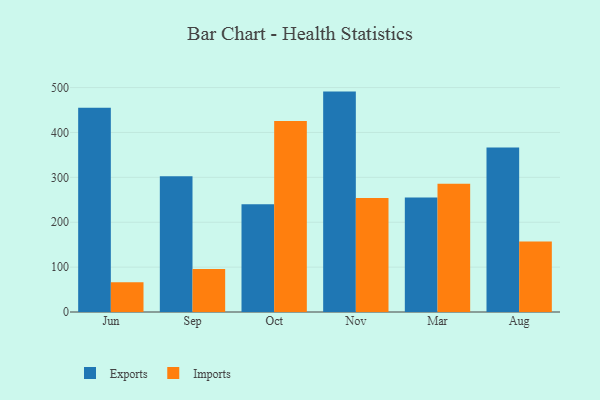
{"axis": {"x": "Month", "y": "Temperature (°C)"}, "legend": ["Exports", "Imports"], "data": [{"x": "Jun", "y": 455.0, "type": "Exports"}, {"x": "Jun", "y": 66.5, "type": "Imports"}, {"x": "Sep", "y": 302.2, "type": "Exports"}, {"x": "Sep", "y": 95.9, "type": "Imports"}, {"x": "Oct", "y": 240.1, "type": "Exports"}, {"x": "Oct", "y": 425.4, "type": "Imports"}, {"x": "Nov", "y": 491.0, "type": "Exports"}, {"x": "Nov", "y": 253.9, "type": "Imports"}, {"x": "Mar", "y": 255.3, "type": "Exports"}, {"x": "Mar", "y": 285.9, "type": "Imports"}, {"x": "Aug", "y": 366.5, "type": "Exports"}, {"x": "Aug", "y": 157.0, "type": "Imports"}]}